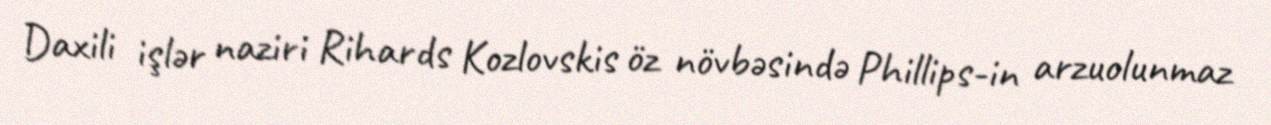
Daxili işlər naziri Rihards Kozlovskis öz növbəsində Phillips-in arzuolunmaz